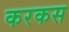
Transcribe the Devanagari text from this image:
करकस